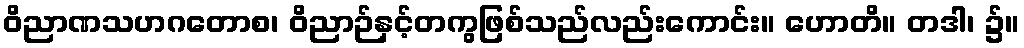
ဝိညာဏသဟဂတောစ၊ ဝိညာဉ်နှင့်တကွဖြစ်သည်လည်းကောင်း။ ဟောတိ။ တဒါ၊ ၌။